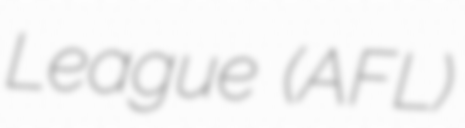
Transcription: League (AFL)